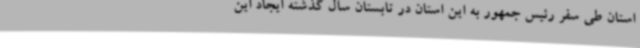
استان طی سفر رئیس جمهور به این استان در تابستان سال گذشته ایجاد این